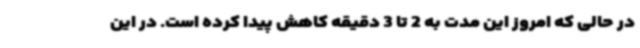
در حالی که امروز این مدت به 2 تا 3 دقیقه کاهش پیدا کرده است. در این